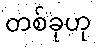
တစ်ခုဟု